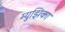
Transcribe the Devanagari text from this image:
म्युझिका